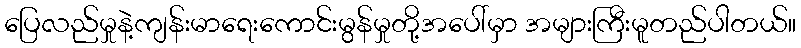
ပြေလည်မှုနဲ့ကျန်းမာရေးကောင်းမွန်မှုတို့အပေါ်မှာ အများကြီးမူတည်ပါတယ်။